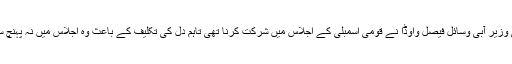
وفاقی وزیر آبی وسائل فیصل واوڈا نے قومی اسمبلی کے اجلاس میں شرکت کرنا تھی تاہم دل کی تکلیف کے باعث وہ اجلاس میں نہ پہنچ سکے۔